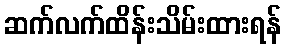
ဆက်လက်ထိန်းသိမ်းထားရန်